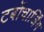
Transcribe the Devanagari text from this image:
टर्बोचार्जिंग